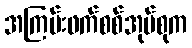
အကြမ်းဖက်စစ်အုပ်စုက